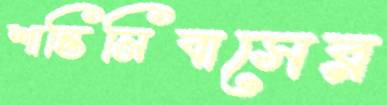
শান্তিনিবাসের